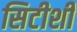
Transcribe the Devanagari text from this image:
सिटीशी